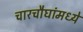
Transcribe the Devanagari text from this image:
चारचौघांमध्ये